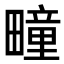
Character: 疃